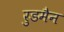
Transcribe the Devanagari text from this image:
रुडमैन